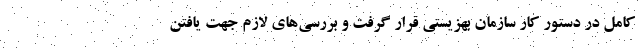
کامل در دستور کار سازمان بهزیستی قرار گرفت و بررسی‌های لازم جهت یافتن